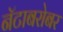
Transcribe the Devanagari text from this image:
नॅटाबरोबर